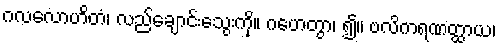
ဂလလောဟိတံ၊ လည်ချောင်းသွေးကို။ ဂဟေတွာ၊ ၍။ ဗလိကရဏတ္ထာယ၊